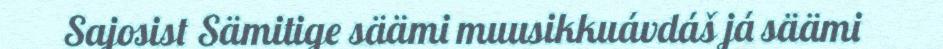
Sajosist Sämitige säämi muusikkuávdáš já säämi